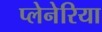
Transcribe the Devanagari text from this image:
प्लेनेरिया